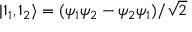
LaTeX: | 1 _ { 1 } , 1 _ { 2 } \rangle = ( \psi _ { 1 } \psi _ { 2 } - \psi _ { 2 } \psi _ { 1 } ) / { \sqrt { 2 } }